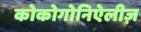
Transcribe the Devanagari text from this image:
कोकोगोनिऐलीज़